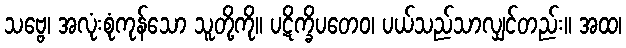
သဗ္ဗေ၊ အလုံးစုံကုန်သော သူတို့ကို။ ပဋိက္ခိပတေဝ၊ ပယ်သည်သာလျှင်တည်း။ အထ၊